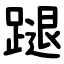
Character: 蹆